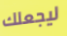
ليجعلك